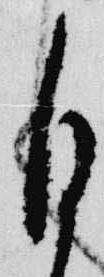
自